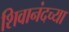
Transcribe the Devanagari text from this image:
शिवानंदच्या